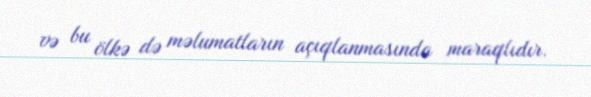
və bu ölkə də məlumatların açıqlanmasında maraqlıdır.